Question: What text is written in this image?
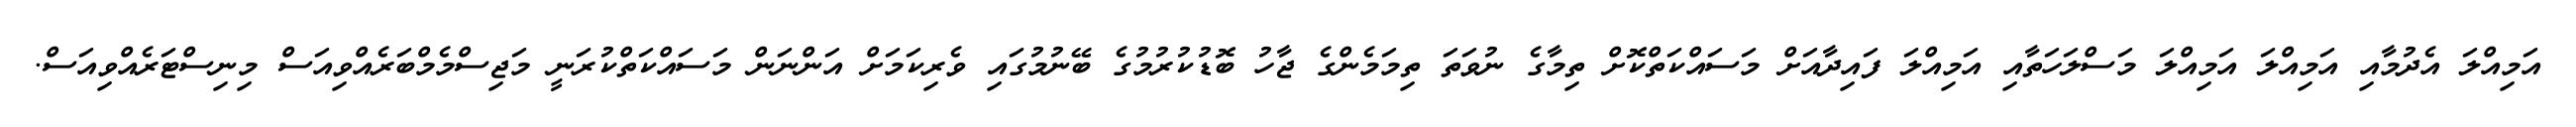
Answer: އަމިއްލަ އެދުމާއި އަމިއްލަ އަމިއްލަ މަސްލަހަތާއި އަމިއްލަ ފައިދާއަށް މަސައްކަތްކޮށް ތިމާގެ ނުވަތަ ތިމަމެންގެ ޖާހު ބޮޑުކުރުމުގެ ބޭނުމުގައި ވެރިކަމަށް އަންނަން މަސައްކަތްކުރަނީ މަޖިސްމެމްބަރެއްވިއަސް މިނިސްޓަރެއްވިއަސް.